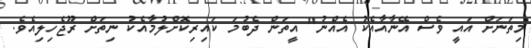
މިތަނަށް އައީ ވެސް އޭނާއާއެކު އެއްނު" އީތަން ދެބުމަ ކައިރިކޮށްލުމާއެކު ނިތަށް ރޫޖެހިލިއެވެ.